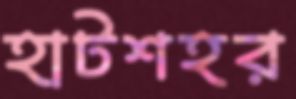
হাটশহর